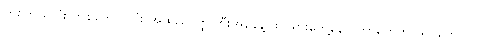
တစ်ကိုယ်လုံး တစ်ကောင်လုံး အထည်ဝတ္ထုကြီးအနေနဲ့ ထင်ရှားတွေ့နေ ရတာတွေဟာ ရုပ်တွေပါပဲ၊